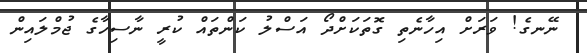
ނޭނގެ! ވަރަށް އިހާނެތި ގޮތަކަށްދޯ އަސްލު ކަންތައް ކުރީ ނާސިހާގެ ޖުމްލައިން